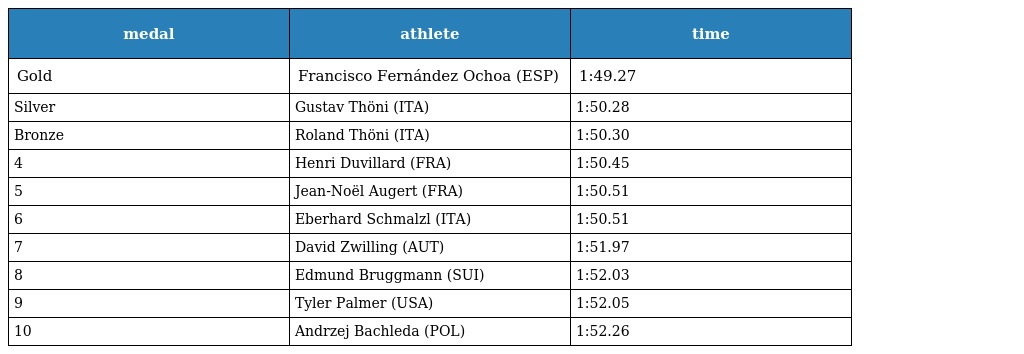
| medal | athlete | time |
 | --- | --- | --- |
 | Gold | Francisco Fernández Ochoa (ESP) | 1:49.27 |
 | Silver | Gustav Thöni (ITA) | 1:50.28 |
 | Bronze | Roland Thöni (ITA) | 1:50.30 |
 | 4 | Henri Duvillard (FRA) | 1:50.45 |
 | 5 | Jean-Noël Augert (FRA) | 1:50.51 |
 | 6 | Eberhard Schmalzl (ITA) | 1:50.51 |
 | 7 | David Zwilling (AUT) | 1:51.97 |
 | 8 | Edmund Bruggmann (SUI) | 1:52.03 |
 | 9 | Tyler Palmer (USA) | 1:52.05 |
 | 10 | Andrzej Bachleda (POL) | 1:52.26 |